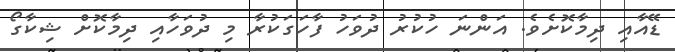
ޑޭއާއި ދިމާކޮށެވެ. އަންނަ ހުކުރު ދުވަހު ފާހަގަކުރާ މި ދުވަހާއި ދިމާކޮށް ޝިކާގޯ